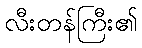
လီးတန်ကြီး၏